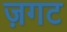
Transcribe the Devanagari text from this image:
ज़गट